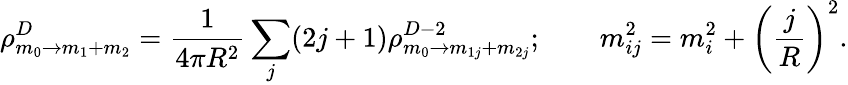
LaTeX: \rho_{m_{0}\rightarrow m_{1}+m_{2}}^{D}=\frac{1}{4\pi R^{2}}\sum_{j}(2j+1)\rho_{m_{0}\rightarrow m_{1j}+m_{2j}}^{D-2};\qquad m_{ij}^{2}=m_{i}^{2}+\left(\frac{j}{R}\right)^{2}.